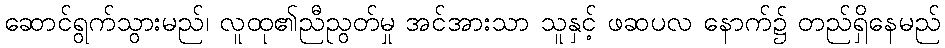
ဆောင်ရွက်သွားမည်၊ လူထု၏ညီညွတ်မှု အင်အားသာ သူနှင့် ဖဆပလ နောက်၌ တည်ရှိနေမည်